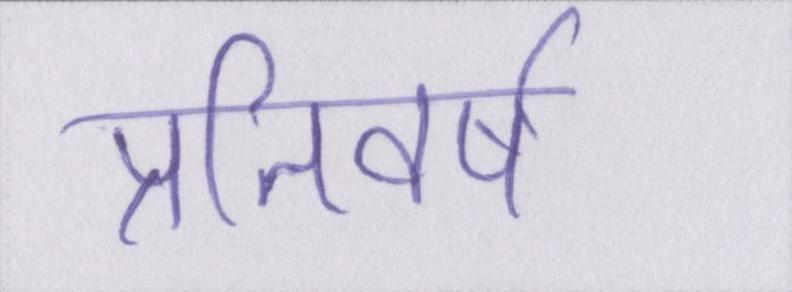
प्रतिवर्ष